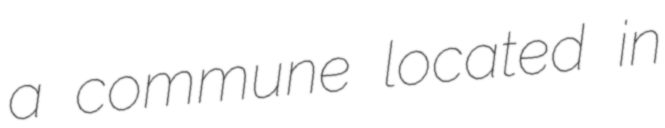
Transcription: a commune located in